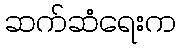
ဆက်ဆံရေးက